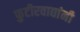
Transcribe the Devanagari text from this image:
फुटीरवाद्यांनी